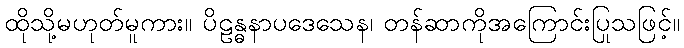
ထိုသို့မဟုတ်မူကား။ ပိဠန္ဓနာပဒေသေန၊ တန်ဆာကိုအကြောင်းပြုသဖြင့်။